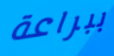
ببراعة